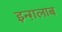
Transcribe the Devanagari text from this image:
इन्ग़लाब